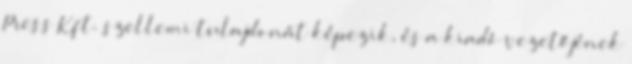
Press Kft. szellemi tulajdonát képezik, és a kiadó vezetőjének